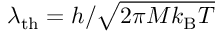
\lambda _ { \mathrm { t h } } = h / \sqrt { 2 \pi M k _ { \mathrm { B } } T }